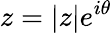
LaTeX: z=|z|e^{i\theta}